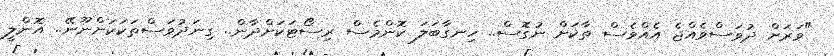
"ވަރަށް ދުވަސްވެއްޖެ އެއްވެސް ތާކަށް ނުގޮސް.. ހިނގާބަލަ ކޮންމެސް ރިސޯޓަކަށްދާން.. ގިނަދުވަސްތަކަކަށްނޫނޭ.. އޮންލީ